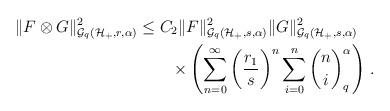
LaTeX: \begin{align*}\|F\otimes G\|^2_{\mathcal{G}_q(\mathcal{H}_+,r,\alpha)}&\le C_2 \|F\|^2_{\mathcal{G}_q(\mathcal{H}_+,s,\alpha)}\|G\|^2_{\mathcal{G}_q(\mathcal{H}_+,s,\alpha)}\\&\qquad\times \left(\sum_{n=0}^\infty \bigg(\frac{r_1}s\bigg)^n \sum_{i=0}^n {n\choose i}_q ^\alpha\right)\,.\end{align*}